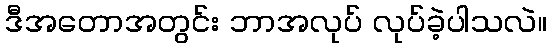
ဒီအတောအတွင်း ဘာအလုပ် လုပ်ခဲ့ပါသလဲ။